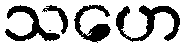
သဟေ